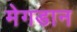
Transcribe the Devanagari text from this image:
मेगडान